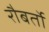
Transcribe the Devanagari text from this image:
रौबर्तो